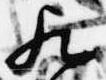
歟